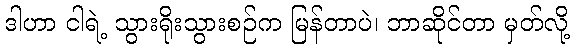
ဒါဟာ ငါရဲ့ သွားရိုးသွားစဉ်က မြန်တာပဲ၊ ဘာဆိုင်တာ မှတ်လို့